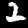
Label: 2